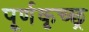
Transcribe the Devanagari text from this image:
पूर्णकृच्छ्र